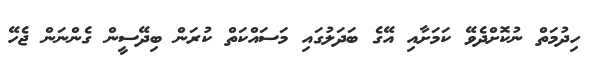
ހިދުމަތް ނުކޮށްދެވޭ ކަމަށާއި އޭގެ ބަދަލުގައި މަސައްކަތް ކުރަން ބިދޭސީން ގެންނަން ޖެހޭ